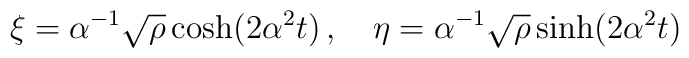
\xi=\alpha^{-1}\sqrt{\rho}\cosh(2\alpha^2 t)\,,\quad\eta=\alpha^{-1}\sqrt{\rho}\sinh(2\alpha^2 t)